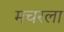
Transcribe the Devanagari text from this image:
मचरला